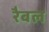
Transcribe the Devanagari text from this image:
रैबल